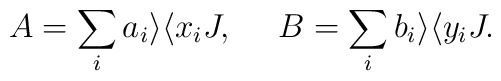
A= \sum_i a_i\rangle \langle x_iJ,\ \ \ \ B=\sum_i b_i\rangle\langle y_iJ.